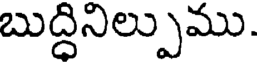
బుద్ధినిల్పుము.